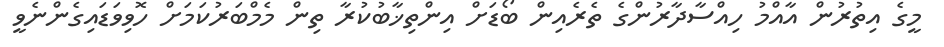
މީގެ އިތުރުން އާއްމު ހިއްސާދާރުންގެ ތެރެއިން ބޯޑަށް އިންތިޚާބުކުރާ ތިން މެމްބަރުކަމަށް ހޮވިވަޑައިގެންނެވީ